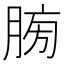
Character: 𦜶